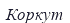
Коркут